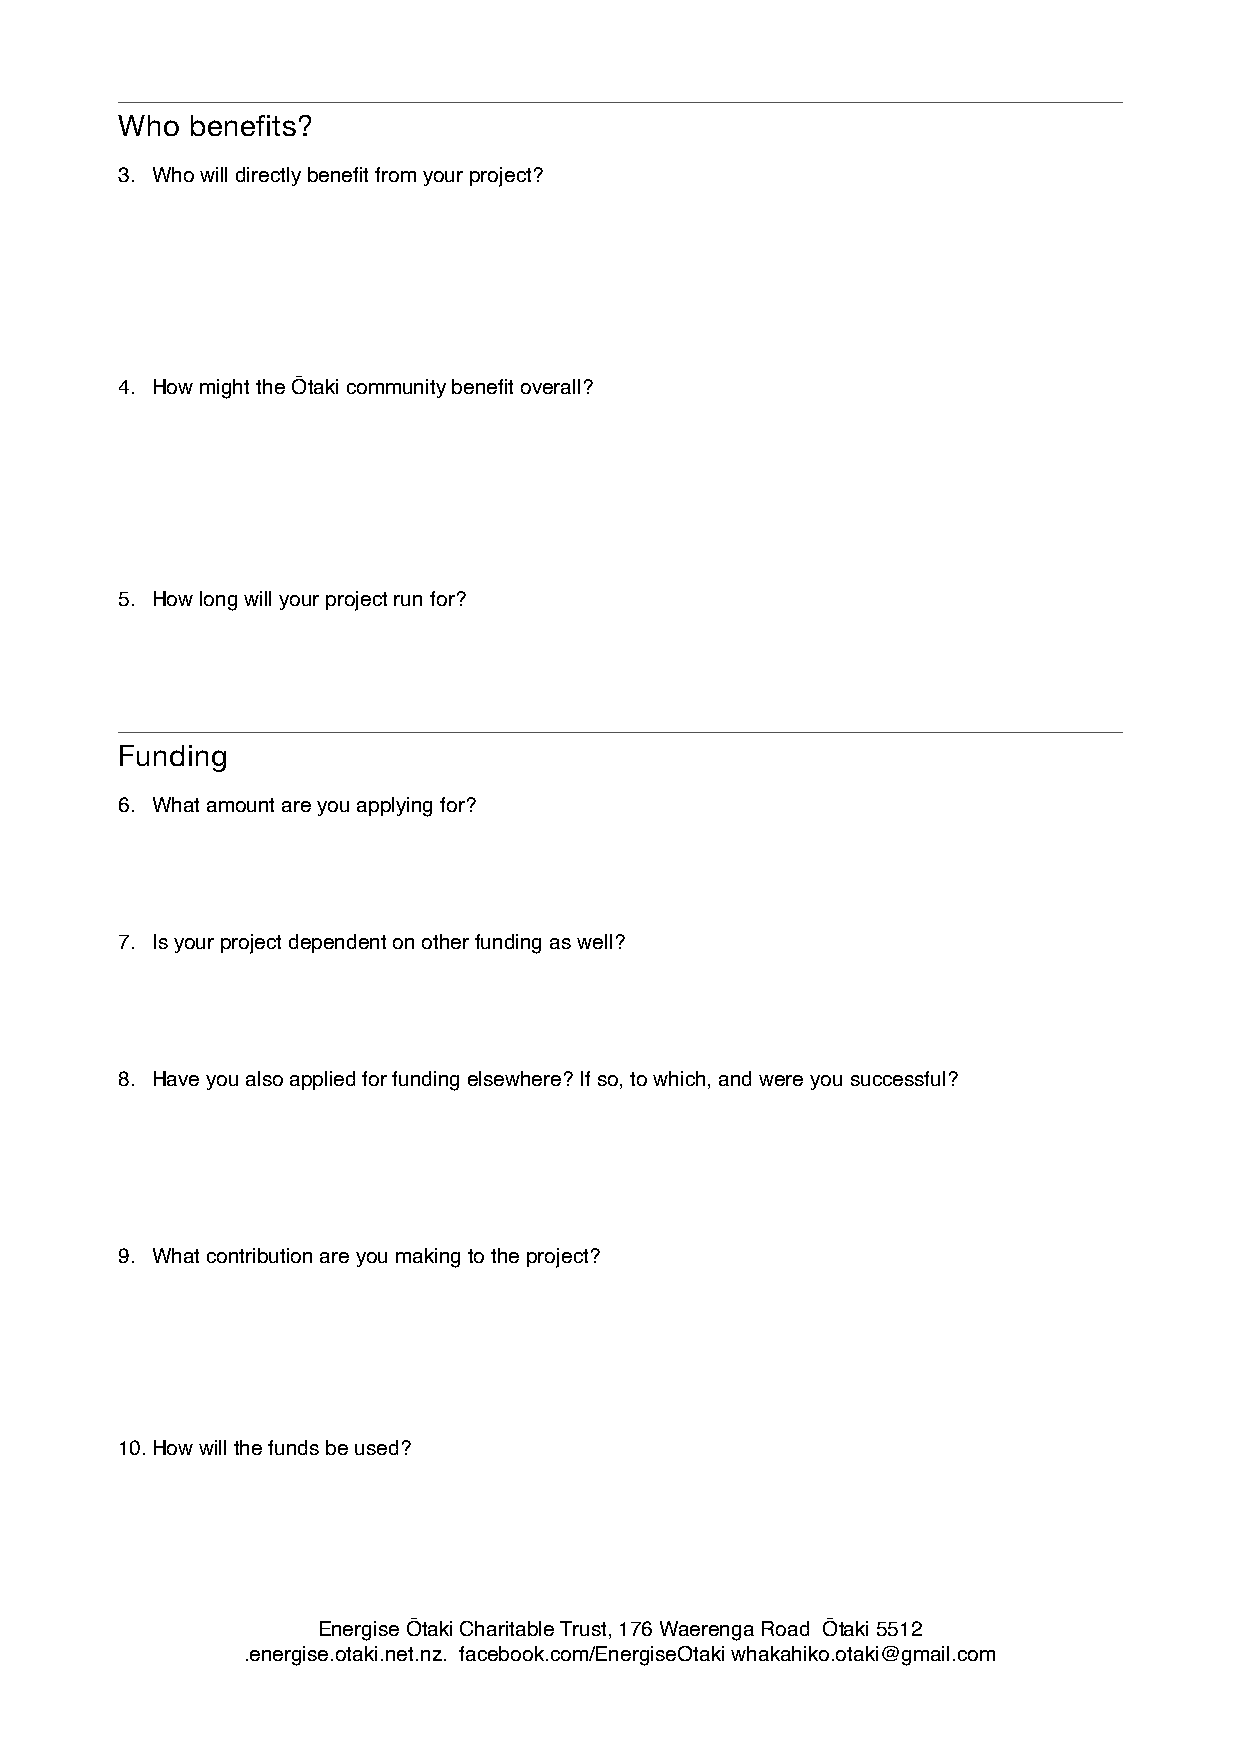
Who benefits?
 3. Who will directly benefit from your project?
 4. How might the Ōtaki community benefit overall?
 5. How long will your project run for?
 Funding
 6. What amount are you applying for?
 7. Is your project dependent on other funding as well?
 8. Have you also applied for funding elsewhere? If so, to which, and were you successful?
 9. What contribution are you making to the project?
 10.How will the funds be used?
 Energise Ōtaki Charitable Trust, 176 Waerenga Road Ōtaki 5512
 .energise.otaki.net.nz. facebook.com/EnergiseOtaki whakahiko.otaki@gmail.com